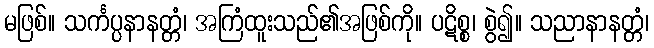
မဖြစ်။ သင်္ကပ္ပနာနတ္တံ၊ အကြံထူးသည်၏အဖြစ်ကို။ ပဋိစ္စ၊ စွဲ၍။ သညာနာနတ္တံ၊